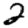
Digit: 2